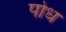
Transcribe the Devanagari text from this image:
पोध